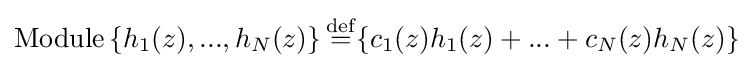
\mathrm {Module} \left\{h_{1}(z),...,h_{N}(z)\right\}{\stackrel {\rm {def}}{=}}\{c_{1}(z)h_{1}(z)+...+c_{N}(z)h_{N}(z)\}